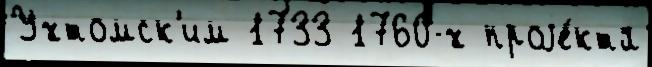
Ухтомск'им 1733 1760-х проjе́кта